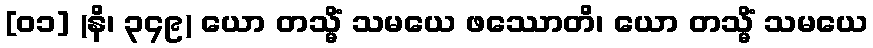
[၀၁] (နိ၊ ၃၄၉) ယော တသ္မိံ သမယေ ဖဿောတိ၊ ယော တသ္မိံ သမယေ